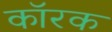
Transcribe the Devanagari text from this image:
कॉरक